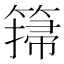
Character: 𥲳